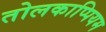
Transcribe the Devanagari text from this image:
तोलकाप्पियम